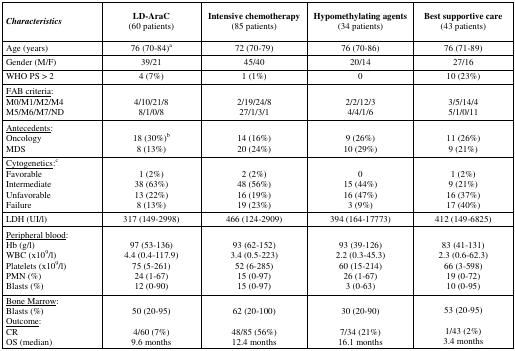
<table><thead><tr><td><b><i>Characteristics</i></b></td><td><b>LD-AraC (60 patients)</b></td><td><b>Intensive chemotherapy (85 patients)</b></td><td><b>Hypomethylating agents (34 patients)</b></td><td><b>Best supportive care (43 patients)</b></td></tr></thead><tbody><tr><td>Age (years)</td><td>76 (70–84)a</td><td>72 (70–79)</td><td>76 (70–86)</td><td>76 (71–89)</td></tr><tr><td>Gender (M/F)</td><td>39/21</td><td>45/40</td><td>20/14</td><td>27/16</td></tr><tr><td>WHO PS &gt; 2</td><td>4 (7%)</td><td>1 (1%)</td><td>0</td><td>10 (23%)</td></tr><tr><td><underline>FAB criteria</underline>:</td><td></td><td></td><td></td><td></td></tr><tr><td>M0/M1/M2/M4</td><td>4/10/21/8</td><td>2/19/24/8</td><td>2/2/12/3</td><td>3/5/14/4</td></tr><tr><td>M5/M6/M7/ND</td><td>8/1/0/8</td><td>27/1/3/1</td><td>4/4/1/6</td><td>5/1/0/11</td></tr><tr><td><underline>Antecedents</underline>:</td><td></td><td></td><td></td><td></td></tr><tr><td>Oncology</td><td>18 (30%)b</td><td>14 (16%)</td><td>9 (26%)</td><td>11 (26%)</td></tr><tr><td>MDS</td><td>8 (13%)</td><td>20 (24%)</td><td>10 (29%)</td><td>9 (21%)</td></tr><tr><td><underline>Cytogenetics</underline>:c</td><td></td><td></td><td></td><td></td></tr><tr><td>Favorable</td><td>1 (2%)</td><td>2 (2%)</td><td>0</td><td>1 (2%)</td></tr><tr><td>Intermediate</td><td>38 (63%)</td><td>48 (56%)</td><td>15 (44%)</td><td>9 (21%)</td></tr><tr><td>Unfavorable</td><td>13 (22%)</td><td>16 (19%)</td><td>16 (47%)</td><td>16 (37%)</td></tr><tr><td>Failure</td><td>8 (13%)</td><td>19 (23%)</td><td>3 (9%)</td><td>17 (40%)</td></tr><tr><td>LDH (UI/l)</td><td>317 (149–2998)</td><td>466 (124–2909)</td><td>394 (164–17773)</td><td>412 (149–6825)</td></tr><tr><td><underline>Peripheral blood</underline>:</td><td></td><td></td><td></td><td></td></tr><tr><td>Hb (g/l)</td><td>97 (53–136)</td><td>93 (62–152)</td><td>93 (39–126)</td><td>83 (41–131)</td></tr><tr><td>WBC (×10<sup>9</sup>/l)</td><td>4.4 (0.4–117.9)</td><td>3.4 (0.5–223)</td><td>2.2 (0.3–45.3)</td><td>2.3 (0.6–62.3)</td></tr><tr><td>Platelets (×10<sup>9</sup>/l)</td><td>75 (5–261)</td><td>52 (6–285)</td><td>60 (15–214)</td><td>66 (3–598)</td></tr><tr><td>PMN (%)</td><td>24 (1–67)</td><td>15 (0–97)</td><td>26 (1–67)</td><td>19 (0–72)</td></tr><tr><td>Blasts (%)</td><td>12 (0–90)</td><td>15 (0–97)</td><td>3 (0–63)</td><td>10 (0–95)</td></tr><tr><td><underline>Bone Marrow</underline>:</td><td></td><td></td><td></td><td></td></tr><tr><td>Blasts (%)</td><td>50 (20–95)</td><td>62 (20–100)</td><td>30 (20–90)</td><td>53 (20–95)</td></tr><tr><td><underline>Outcome</underline>:</td><td></td><td></td><td></td><td></td></tr><tr><td>CR</td><td>4/60 (7%)</td><td>48/85 (56%)</td><td>7/34 (21%)</td><td>1/43 (2%)</td></tr><tr><td>OS (median)</td><td>9.6 months</td><td>12.4 months</td><td>16.1 months</td><td>3.4 months</td></tr></tbody></table>